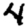
Digit: 4